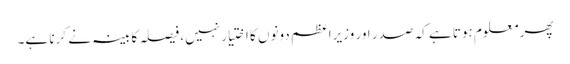
پھر معلوم ہوتا ہے کہ صدر اور وزیراعظم دونوں کا اختیار نہیں، فیصلہ کابینہ نے کرنا ہے۔